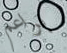
براعم